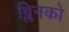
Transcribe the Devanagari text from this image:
ब्लिनको